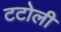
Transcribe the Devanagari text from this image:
टटोली